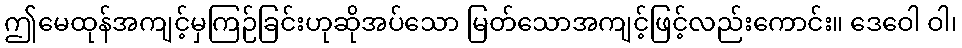
ဤမေထုန်အကျင့်မှကြဉ်ခြင်းဟုဆိုအပ်သော မြတ်သောအကျင့်ဖြင့်လည်းကောင်း။ ဒေဝေါ ဝါ၊